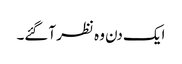
ایک دن وہ نظر آگئے۔